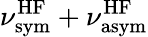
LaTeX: \nu_{\mathrm{sym}}^{\mathrm{HF}}+\nu_{\mathrm{asym}}^{\mathrm{HF}}